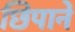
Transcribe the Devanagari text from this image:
छिपानें